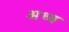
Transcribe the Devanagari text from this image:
अध्व